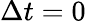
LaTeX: \Delta t=0